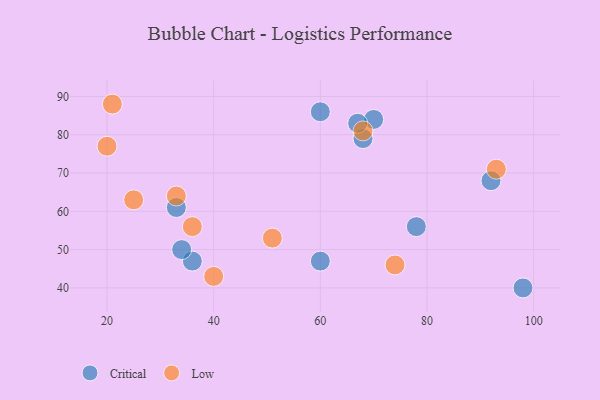
{"axis": {"x": "GDP", "y": "Life Expectancy"}, "legend": ["Critical", "Low"], "data": [{"x": "33", "y": 61, "type": "Critical"}, {"x": "36", "y": 47, "type": "Critical"}, {"x": "34", "y": 50, "type": "Critical"}, {"x": "68", "y": 79, "type": "Critical"}, {"x": "60", "y": 86, "type": "Critical"}, {"x": "70", "y": 84, "type": "Critical"}, {"x": "60", "y": 47, "type": "Critical"}, {"x": "98", "y": 40, "type": "Critical"}, {"x": "92", "y": 68, "type": "Critical"}, {"x": "78", "y": 56, "type": "Critical"}, {"x": "67", "y": 83, "type": "Critical"}, {"x": "33", "y": 64, "type": "Low"}, {"x": "20", "y": 77, "type": "Low"}, {"x": "51", "y": 53, "type": "Low"}, {"x": "21", "y": 88, "type": "Low"}, {"x": "93", "y": 71, "type": "Low"}, {"x": "74", "y": 46, "type": "Low"}, {"x": "40", "y": 43, "type": "Low"}, {"x": "36", "y": 56, "type": "Low"}, {"x": "68", "y": 81, "type": "Low"}, {"x": "25", "y": 63, "type": "Low"}]}